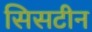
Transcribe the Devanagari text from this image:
सिसटीन